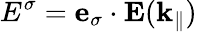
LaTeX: E^{\sigma}=\mathbf{e}_{\sigma}\cdot\mathbf{E}(\mathbf{k}_{\| })